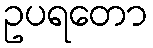
ဥပရတော